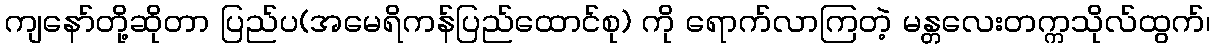
ကျနော်တို့ဆိုတာ ပြည်ပ(အမေရိကန်ပြည်ထောင်စု) ကို ရောက်လာကြတဲ့ မန္တလေးတက္ကသိုလ်ထွက်၊